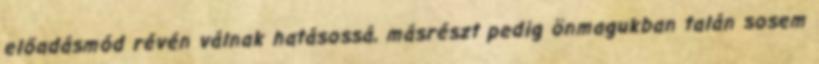
előadásmód révén válnak hatásossá, másrészt pedig önmagukban talán sosem